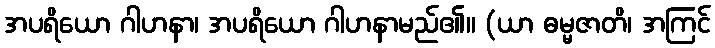
အပရိယော ဂါဟနာ၊ အပရိယော ဂါဟနာမည်၏။ (ယာ ဓမ္မဇာတိ၊ အကြင်